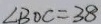
\angle B O C = 3 8